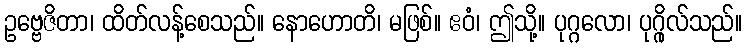
ဥဗ္ဗေဇိတာ၊ ထိတ်လန့်စေသည်။ နောဟောတိ၊ မဖြစ်။ ဧဝံ၊ ဤသို့။ ပုဂ္ဂလော၊ ပုဂ္ဂိုလ်သည်။